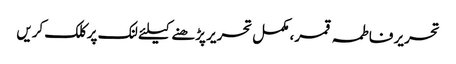
تحریر فاطمہ قمر، مکمل تحریر پڑھنے کیلئے لنک پر کلک کریں